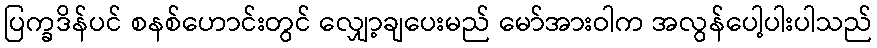
ပြက္ခဒိန်ပင် စနစ်ဟောင်းတွင် လျှော့ချပေးမည် မော်အားဝါက အလွန်ပေါ့ပါးပါသည်